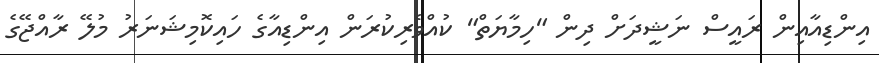
އިންޑިއާއިން ރައީސް ނަޝީދަށް ދިން "ހިމާޔަތް" ކުއްވެރިކުރަން އިންޑިއާގެ ހައިކޮމިޝަނަރު މުލޭ ރާއްޖޭގެ